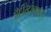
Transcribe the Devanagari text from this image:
अँटीरेट्रोव्हायरल